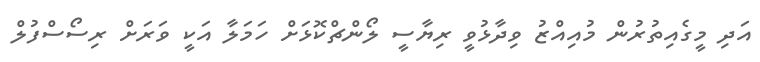
އަދި މީގެއިތުރުން މުއިއްޒު ވިދާޅުވީ ރިޔާސީ ލޯންޗްކޮޅަށް ހަމަލާ އަކީ ވަރަށް ރިސޯސްފުލް